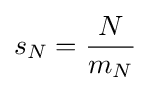
s_{N}={\frac {N}{m_{N}}}